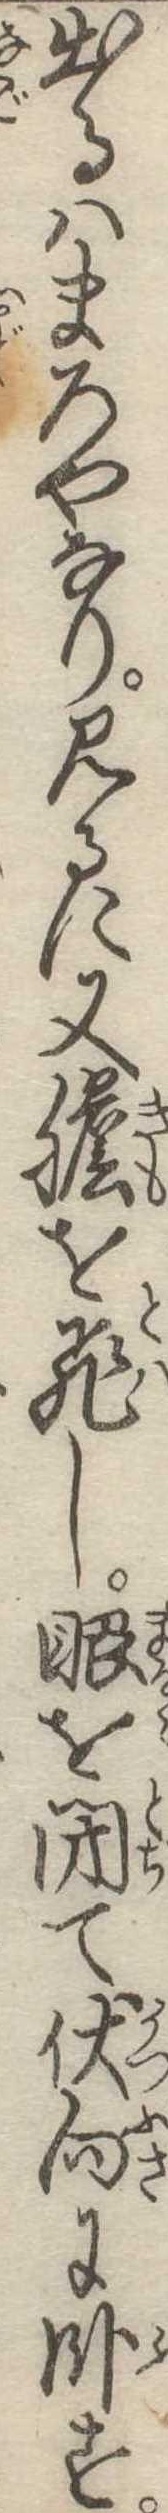
出るはまろやなり見るに又胆を飛し眼を閉て伏向に臥す